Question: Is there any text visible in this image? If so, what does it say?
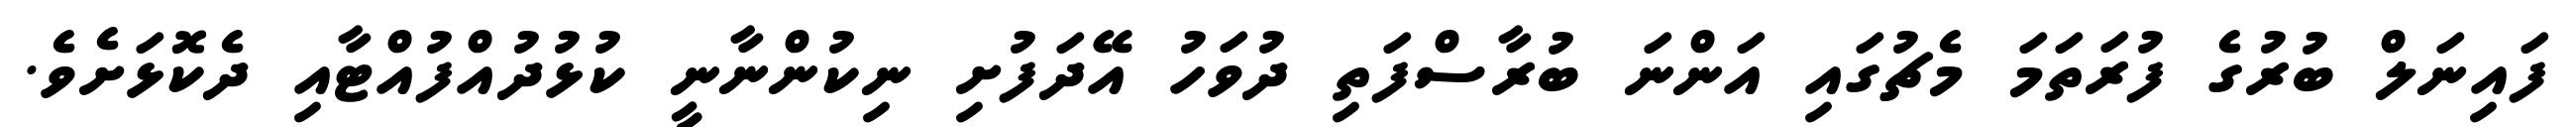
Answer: ފައިނަލް ބުރުގެ ފުރަތަމަ މެޗުގައި އަންނަ ބުރާސްފަތި ދުވަހު އޭދަފުށި ނިކުންނާނީ ކުޅުދުއްފުއްޓާއި ދެކޮޅަށެވެ.